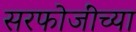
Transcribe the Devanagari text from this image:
सरफोजींच्या